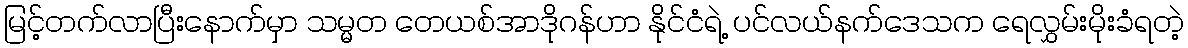
မြင့်တက်လာပြီးနောက်မှာ သမ္မတ တေယစ်အာဒိုဂန်ဟာ နိုင်ငံရဲ့ ပင်လယ်နက်ဒေသက ရေလွှမ်းမိုးခံရတဲ့